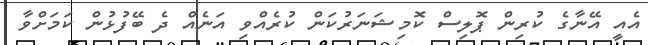
އެއީ އޭނާގެ ކުރިން ޕޮލިސް ކޮމިޝަނަރުކަން ކުރެއްވި އަނެއް ދެ ބޭފުޅުން ކަމަށްވާ